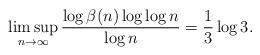
LaTeX: \begin{align*}\limsup_{n \rightarrow \infty} \frac{\log \beta(n) \log \log n}{\log n}=\frac{1}{3} \log 3. \end{align*}